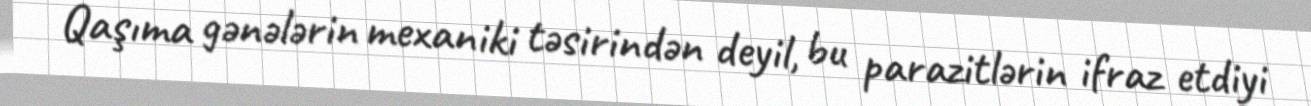
Qaşıma gənələrin mexaniki təsirindən deyil, bu parazitlərin ifraz etdiyi